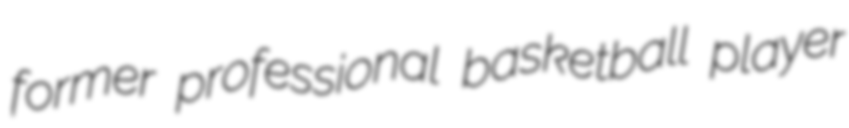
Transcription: former professional basketball player